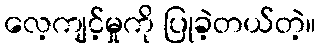
လေ့ကျင့်မှုကို ပြုခဲ့တယ်တဲ့။